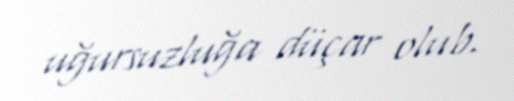
uğursuzluğa düçar olub.